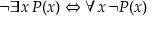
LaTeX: \lnot \exists x \, P ( x ) \Leftrightarrow \forall x \, \lnot P ( x )